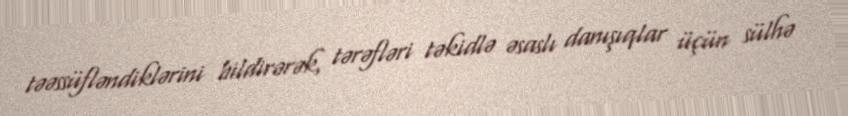
təəssüfləndiklərini bildirərək, tərəfləri təkidlə əsaslı danışıqlar üçün sülhə